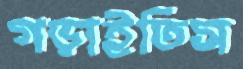
গড়াইতিস